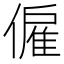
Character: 僱